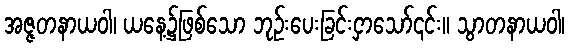
အဇ္ဇတနာယဝါ၊ ယနေ့၌ဖြစ်သော ဘုဉ်းပေးခြင်းငှာသော်၎င်း။ သွာတနာယဝါ၊